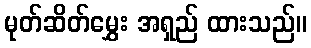
မုတ်ဆိတ်မွှေး အရှည် ထားသည်။